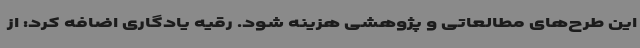
این طرح‌های مطالعاتی و پژوهشی هزینه شود. رقیه یادگاری اضافه کرد: از